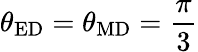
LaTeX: \theta_{\mathrm{ED}}=\theta_{\mathrm{MD}}=\frac{\pi}{3}